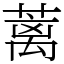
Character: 蓠